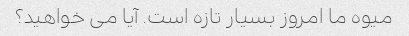
میوه ما امروز بسیار تازه است. آیا می خواهید؟